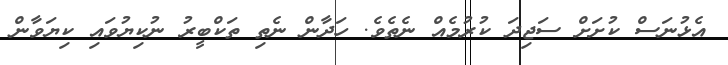
އެޅުނަސް ކުށަށް ސަޖިދަ ކުރުމެއް ނެތެވެ. ހަދާން ނެތި ތަކްބީރު ނުކިޔުވައި ކިޔަވާން